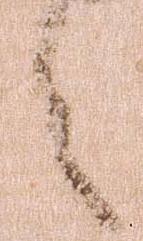
之